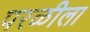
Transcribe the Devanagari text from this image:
परळीला